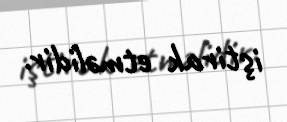
iştirak etməlidir.